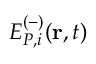
E _ { P , i } ^ { ( - ) } ( \mathbf { r } , t )